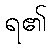
ရ၏